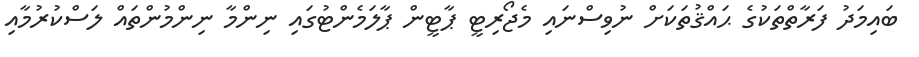
ބައިމަދު ފަރާތްތަކުގެ ޙައްޤުތަކަށް ނުވިސްނައި މެޖޯރިޓީ ޕާޓީން ޕާލަމެންޓުގައި ނިންމާ ނިންމުންތައް ލަސްކުރުމާއި